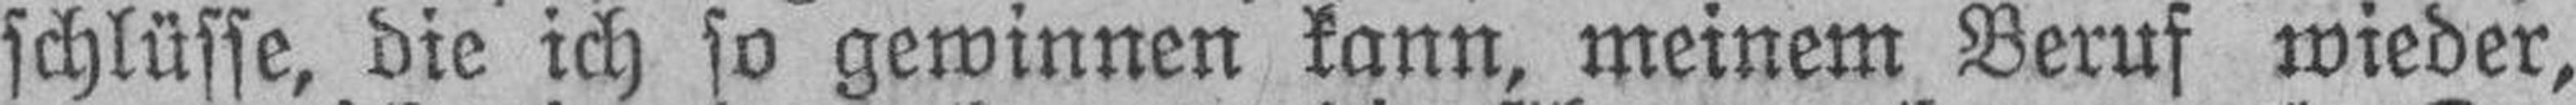
schlüsse, die ich so gewinnen kann, meinem Beruf wieder,